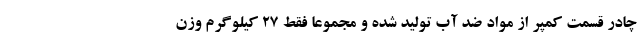
چادر قسمت کمپر از مواد ضد آب تولید شده و مجموعا فقط 27 کیلوگرم وزن